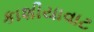
કાશીયાવાટ